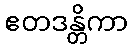
ဧတဒန္တိကာ